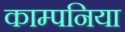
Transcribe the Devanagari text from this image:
काम्पनिया